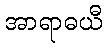
အာရာဓယီ